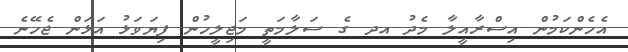
އެހެންކަމުން އިސްރާއީލާ މެދު އދ ގެ ސަލާމަތީ މަޖިލީހުން ފިޔަވަޅު އަޅަން ޖެހޭނެ